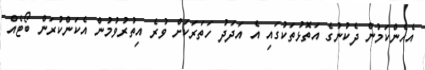
އެހެންކަމުން ދެކުނުގެ އަތޮޅުތަކުގައި އެ އަދަދު ހަތަރަކަށް ވުރެ އިތުރުވުމުން އެކަންކުރަން ބޯޓެއް